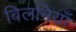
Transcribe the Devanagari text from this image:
बिलनियाँ